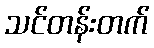
သင်တန်းတက်